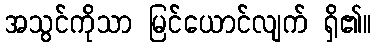
အသွင်ကိုသာ မြင်ယောင်လျက် ရှိ၏။